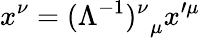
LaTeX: x^{\nu}={(\Lambda^{-1})^{\nu}}_{\mu}x^{\prime\mu}